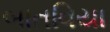
બાતવિયા